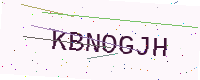
Text: KBNOGJH